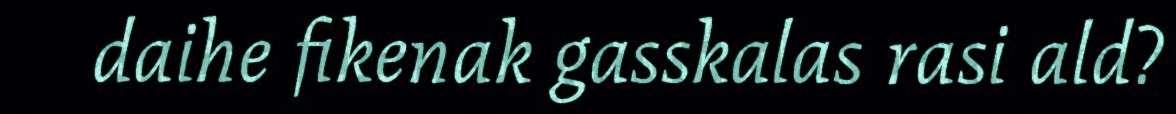
daihe fikenak gasskalas rasi ald?